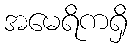
အမေရိကရှိ